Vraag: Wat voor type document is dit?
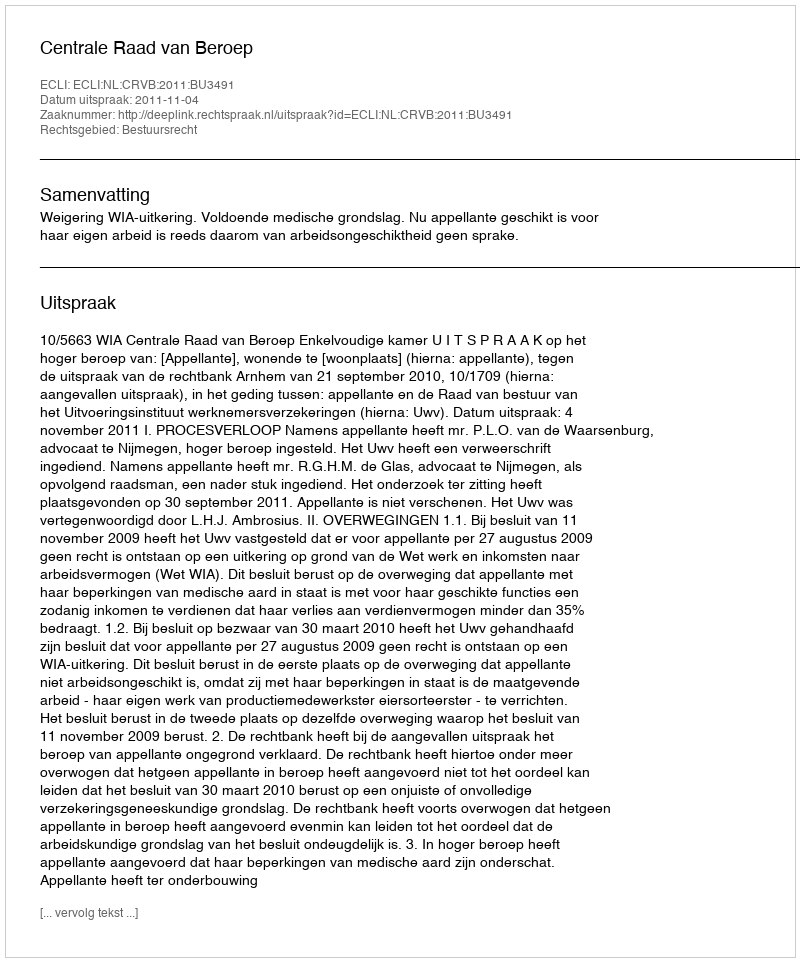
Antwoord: Uitspraak